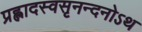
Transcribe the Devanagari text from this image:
प्रह्लादस्वसृनन्दनोऽथ